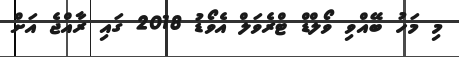
މި މަހު ބޭއްވި ވޯލްޑް ޓްރެވަލް އެވޯޑު 2018 ގައި ރާއްޖެ އަށް